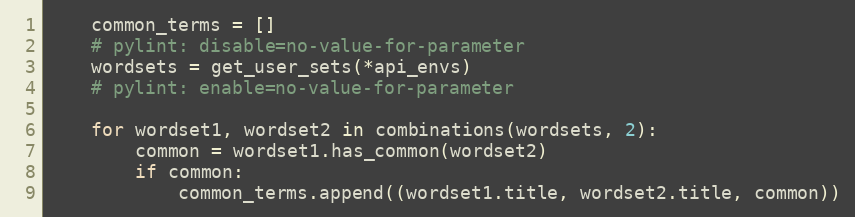
Language: Python
    common_terms = []
    # pylint: disable=no-value-for-parameter
    wordsets = get_user_sets(*api_envs)
    # pylint: enable=no-value-for-parameter

    for wordset1, wordset2 in combinations(wordsets, 2):
        common = wordset1.has_common(wordset2)
        if common:
            common_terms.append((wordset1.title, wordset2.title, common))